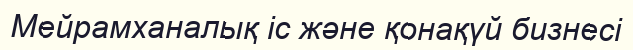
Мейрамханалық іс және қонақүй бизнесі